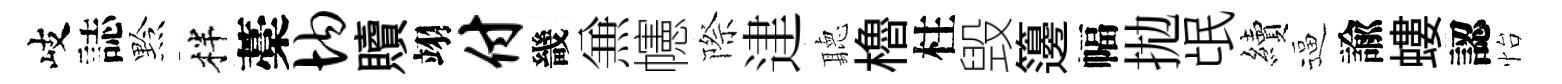
岐誌黔柈藁均贖翊付畿𠔥幰際䢖聽櫓柱毁籩幅拋氓續逼諭螻認怡